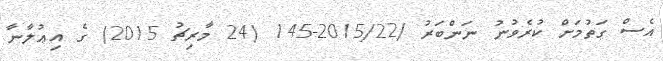
އެސް ގަތުމަށް ކުރެވުނު ނަންބަރު /2015/22-145 (24 މާރިޗު 2015) ގެ އިޢުލާނާ